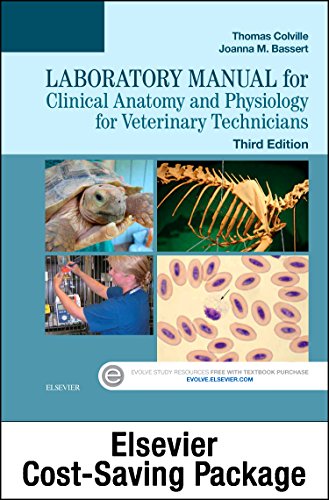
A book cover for Clinical Anatomy and Physiology for Veterinary Technicians - Text and Laboratory Manual Package, 3e; Thomas P. Colville DVM  MSc; Medical Books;